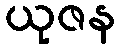
ယုဇန